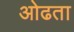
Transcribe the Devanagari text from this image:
ओढता